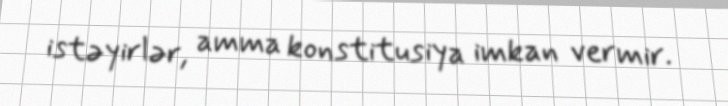
istəyirlər, amma konstitusiya imkan vermir.